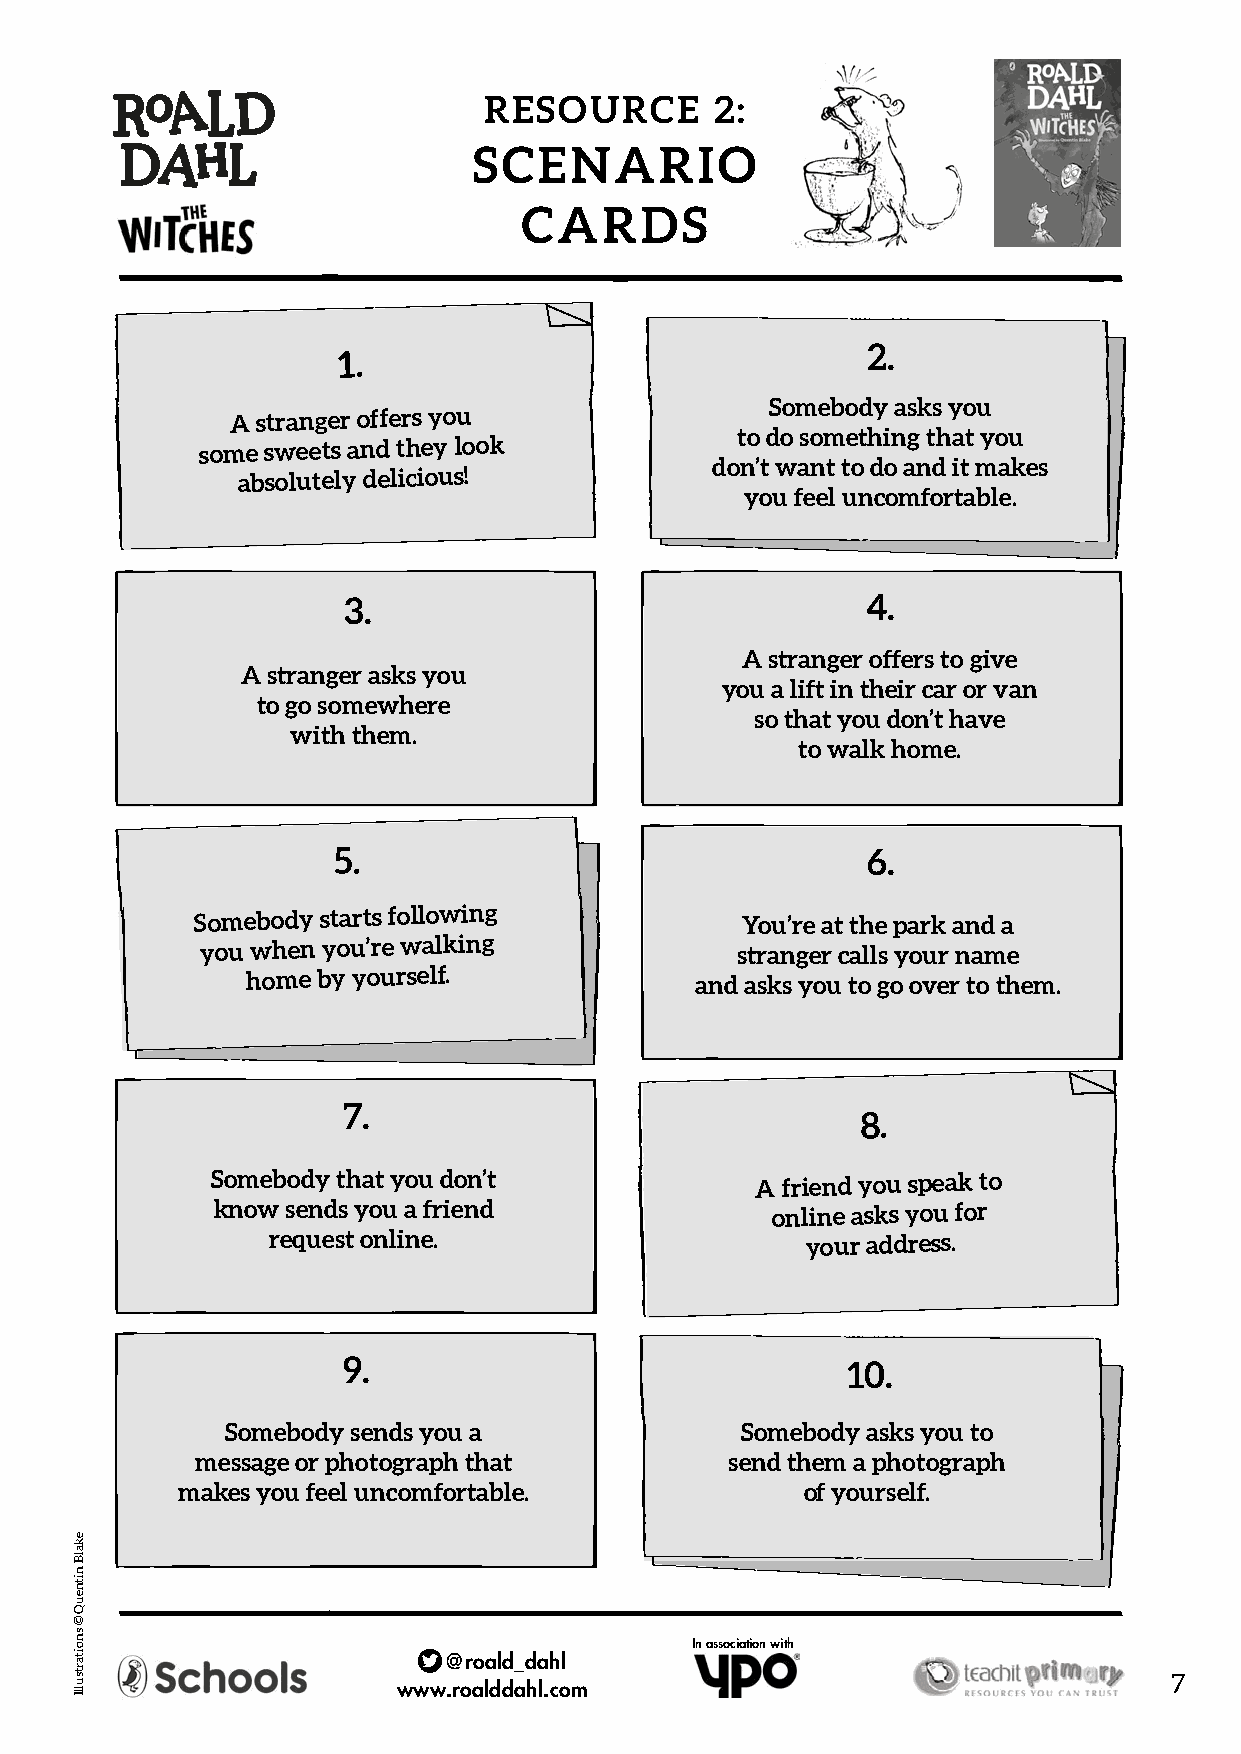
RESOURCE       2:
 SCENARIO
 CARDS
 2.
 1.
 Somebody asks you
 A stranger offers you
 to do something that you
 some sweets and they look
 don’t want to do and it makes
 absolutely delicious!
 you feel uncomfortable.
 3.                                4.
 A stranger offers to give
 A stranger asks you
 you a lift in their car or van
 to go somewhere
 so that you don’t have
 with them.
 to walk home.
 5.                                 6.
 Somebody starts following
 You’re at the park and a
 you when you’re walking             stranger calls your name
 home by yourself.
 and asks you to go over to them.
 7.
 8.
 Somebody that you don’t             A friend you speak to
 know sends you a friend              online asks you for
 request online.                    your address.
 9.                               10.
 Somebody sends you a              Somebody asks you to
 message or photograph that         send them a photograph
 makes you feel uncomfortable.            of yourself.
 In association with
 @roald_dahl
 7
 www.roalddahl.com
 ekalB
 nitneuQ
 ©
 snoitartsullI